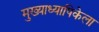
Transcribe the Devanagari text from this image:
मुख्याध्यापिकेला